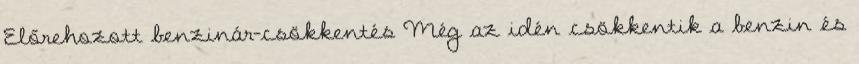
Előrehozott benzinár-csökkentés Még az idén csökkentik a benzin és